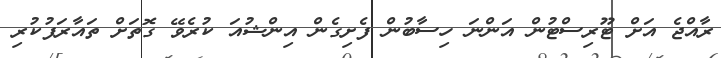
ރާއްޖެ އަށް ޓޫރިސްޓުން އަންނަ ހިސާބުން ފެށިގެން އިންޝުއަ ކުރެވޭ ގޮތަށް ތައާރަފުކުރި